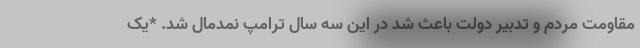
مقاومت مردم و تدبیر دولت باعث شد در این سه سال ترامپ نمدمال شد. *یک